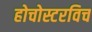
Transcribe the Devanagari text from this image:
होचोस्टरविच